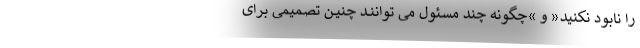
را نابود نکنید« و »چگونه چند مسئول می تواننــد چنیــن تصمیمی برای